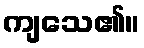
ကျသေ၏။